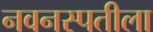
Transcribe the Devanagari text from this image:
नवनस्पतीला